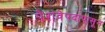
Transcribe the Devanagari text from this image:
पेशवेपदापासून